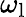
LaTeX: \omega_{\mathrm{l}}